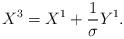
LaTeX: \begin{align*}X^{3}=X^{1}+\frac{1}{\sigma }Y^{1}. \end{align*}